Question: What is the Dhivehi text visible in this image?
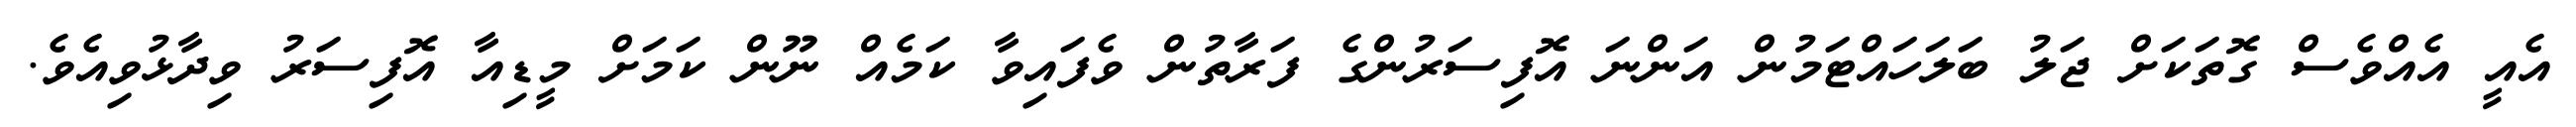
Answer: އެއީ އެއްވެސް ގޮތަކަށް ޖަލު ބަލަހައްޓަމުން އަންނަ އޮފިސަރުންގެ ފަރާތުން ވެފައިވާ ކަމެއް ނޫން ކަމަށް މީޑިއާ އޮފިސަރު ވިދާޅުވިއެވެ.